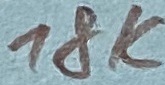
Text: 18K